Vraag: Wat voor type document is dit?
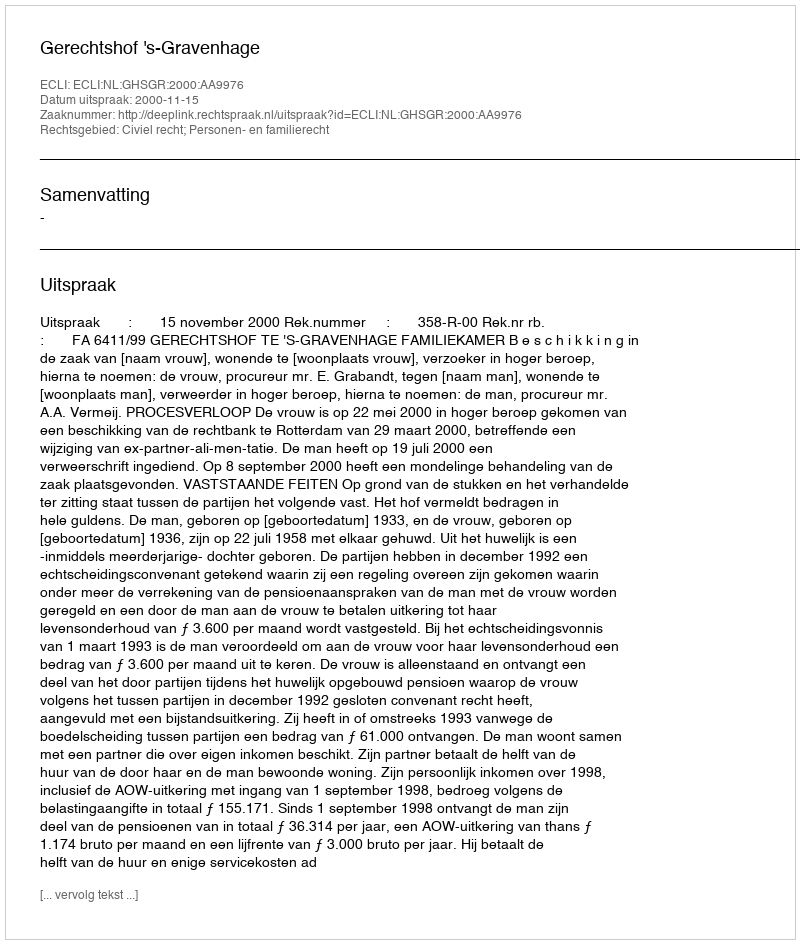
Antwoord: Uitspraak